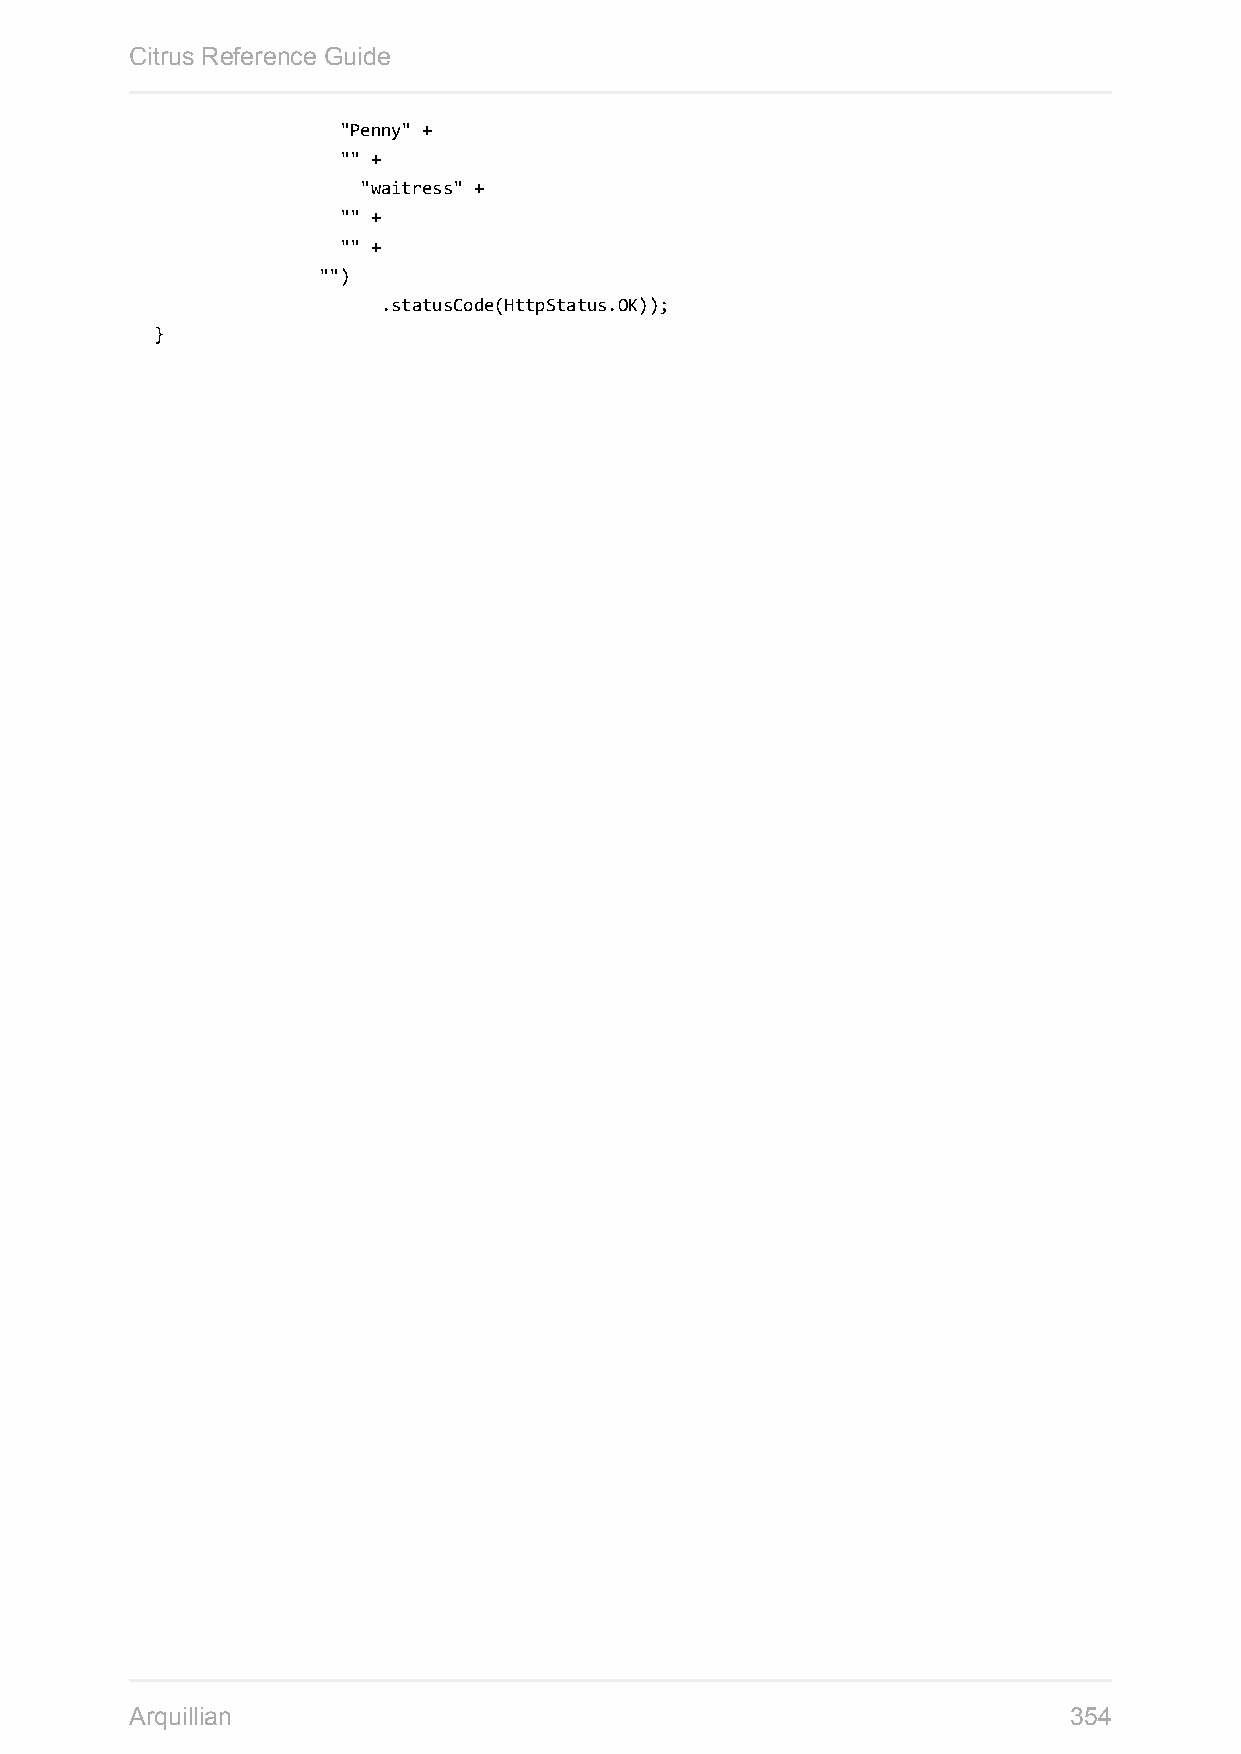
Citrus Reference Guide
 "Penny" +
 "" +
 "waitress" +
 "" +
 "" +
 "")
 .statusCode(HttpStatus.OK));
 }
 Arquillian                                                    354